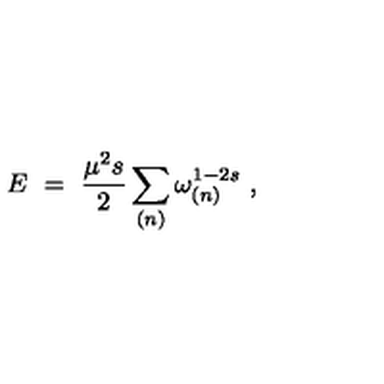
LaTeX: E \ = \ \frac { \mu ^ { 2 } s } { 2 } \sum _ { ( n ) } \omega _ { ( n ) } ^ { 1 - 2 s } \ ,